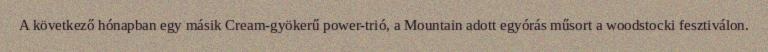
A következő hónapban egy másik Cream-gyökerű power-trió, a Mountain adott egyórás műsort a woodstocki fesztiválon.